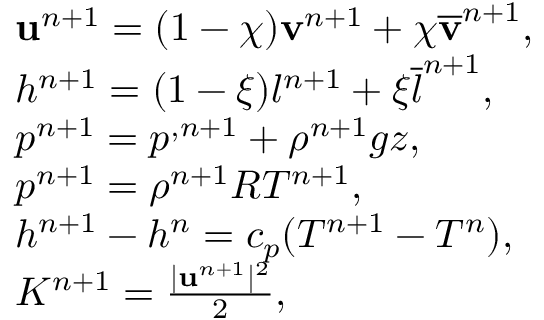
\begin{array} { r l } & { \mathbf u ^ { n + 1 } = ( 1 - \chi ) { \mathbf v } ^ { n + 1 } + \chi \overline { { \mathbf v } } ^ { n + 1 } , } \\ & { h ^ { n + 1 } = ( 1 - \xi ) { l } ^ { n + 1 } + \xi \overline { { l } } ^ { n + 1 } , } \\ & { p ^ { n + 1 } = p ^ { , n + 1 } + \rho ^ { n + 1 } g z , } \\ & { p ^ { n + 1 } = \rho ^ { n + 1 } R T ^ { n + 1 } , } \\ & { h ^ { n + 1 } - h ^ { n } = c _ { p } ( T ^ { n + 1 } - T ^ { n } ) , } \\ & { K ^ { n + 1 } = \frac { | \mathbf u ^ { n + 1 } | ^ { 2 } } { 2 } , } \end{array}